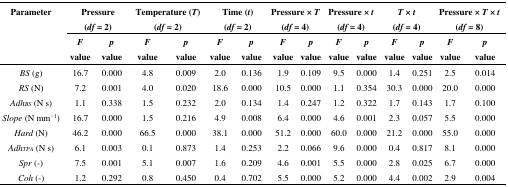
| <ROWSPAN=2> Parameter | <COLSPAN=2> Pressure (df = 2) | <COLSPAN=2> Temperature (T) (df = 2) | <COLSPAN=2> Time (t) (df = 2) | <COLSPAN=2> Pressure × T (df = 4) | <COLSPAN=2> Pressure × t (df = 4) | <COLSPAN=2> T × t (df = 4) | <COLSPAN=2> Pressure × T × t (df = 8) |
 | F value | p value | F value | p value | F value | p value | F value | p value | F value | p value | F value | p value | F value | p value |
 | --- | --- | --- | --- | --- | --- | --- | --- | --- | --- | --- | --- | --- | --- | --- |
 | BS (g) | 16.7 | 0.000 | 4.8 | 0.009 | 2.0 | 0.136 | 1.9 | 0.109 | 9.5 | 0.000 | 1.4 | 0.251 | 2.5 | 0.014 |
 | RS (N) | 7.2 | 0.001 | 4.0 | 0.020 | 18.6 | 0.000 | 10.5 | 0.000 | 1.1 | 0.354 | 30.3 | 0.000 | 20.0 | 0.000 |
 | AdhBS (N s) | 1.1 | 0.338 | 1.5 | 0.232 | 2.0 | 0.134 | 1.4 | 0.247 | 1.2 | 0.322 | 1.7 | 0.143 | 1.7 | 0.100 |
 | Slope (N mm−1) | 16.7 | 0.000 | 1.5 | 0.216 | 4.9 | 0.008 | 6.4 | 0.000 | 4.6 | 0.001 | 2.3 | 0.057 | 5.5 | 0.000 |
 | Hard (N) | 46.2 | 0.000 | 66.5 | 0.000 | 38.1 | 0.000 | 51.2 | 0.000 | 60.0 | 0.000 | 21.2 | 0.000 | 55.0 | 0.000 |
 | AdhTPA (N s) | 6.1 | 0.003 | 0.1 | 0.873 | 1.4 | 0.253 | 2.2 | 0.066 | 9.6 | 0.000 | 0.4 | 0.817 | 8.1 | 0.000 |
 | Spr (-) | 7.5 | 0.001 | 5.1 | 0.007 | 1.6 | 0.209 | 4.6 | 0.001 | 5.5 | 0.000 | 2.8 | 0.025 | 6.7 | 0.000 |
 | Coh (-) | 1.2 | 0.292 | 0.8 | 0.450 | 0.4 | 0.702 | 5.5 | 0.000 | 5.2 | 0.000 | 4.4 | 0.002 | 2.9 | 0.004 |